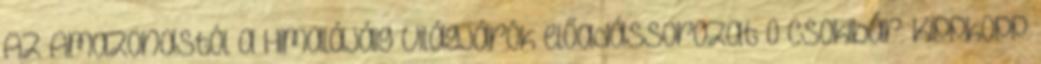
Az Amazonastól a Himalájáig Világjárók előadássorozat 0 Csokibár: Kippkopp